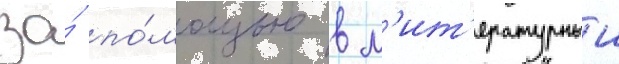
за́ по́мощью в л'ит'ературныи